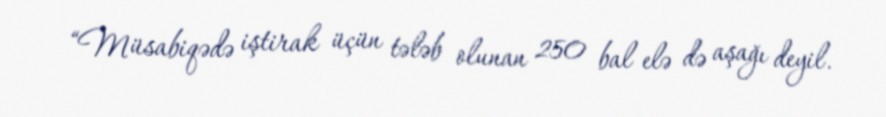
“Müsabiqədə iştirak üçün tələb olunan 250 bal elə də aşağı deyil.